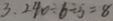
3 . 2 4 0 \div 6 \div 5 = 8